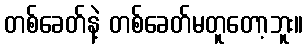
တစ်ခေတ်နဲ့ တစ်ခေတ်မတူတော့ဘူး။